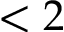
< 2